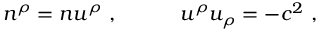
n ^ { \rho } = n u ^ { \rho } \ , \qquad \quad u ^ { \rho } u _ { \rho } = - c ^ { 2 } \ ,